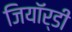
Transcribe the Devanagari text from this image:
जियॉर्डी